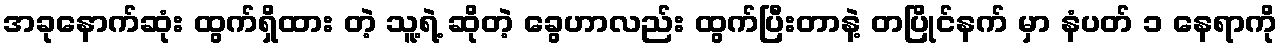
အခုနောက်ဆုံး ထွက်ရှိထား တဲ့ သူ့ရဲ့ ဆိုတဲ့ ခွေဟာလည်း ထွက်ပြီးတာနဲ့ တပြိုင်နက် မှာ နံပတ် ၁ နေရာကို